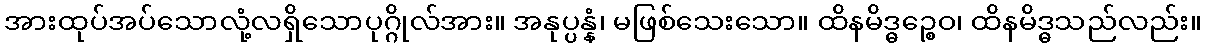
အားထုပ်အပ်သောလုံ့လရှိသောပုဂ္ဂိုလ်အား။ အနုပ္ပန္နံ၊ မဖြစ်သေးသော။ ထိနမိဒ္ဓဉ္စေဝ၊ ထိနမိဒ္ဓသည်လည်း။